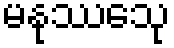
မနုဿေသု